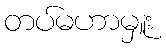
တပ်မဟာမှူး